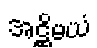
အဋ္ဌိမယံ